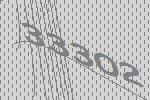
33302